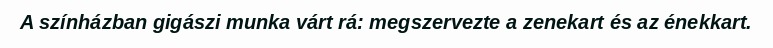
A színházban gigászi munka várt rá: megszervezte a zenekart és az énekkart.